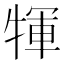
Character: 㹆